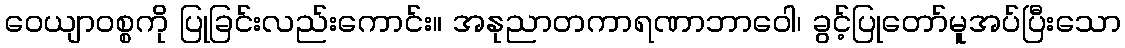
ဝေယျာဝစ္စကို ပြုခြင်းလည်းကောင်း။ အနုညာတကာရဏာဘာဝေါ၊ ခွင့်ပြုတော်မူအပ်ပြီးသော